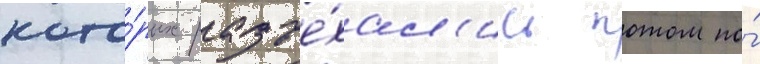
кото́рых разъе́хал'ись потом по́